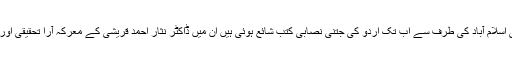
علامہ اقبال اوپن یونیورسٹی اسلام آباد کی طرف سے اب تک اردو کی جتنی نصابی کتب شائع ہوئی ہیں اِن میں ڈاکٹر نثار احمد قریشی کے معرکہ آرا تحقیقی اور تنقیدی مضامین شامل ہیں۔